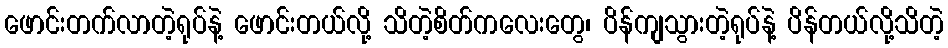
ဖောင်းတက်လာတဲ့ရုပ်နဲ့ ဖောင်းတယ်လို့ သိတဲ့စိတ်ကလေးတွေ၊ ပိန်ကျသွားတဲ့ရုပ်နဲ့ ပိန်တယ်လို့သိတဲ့